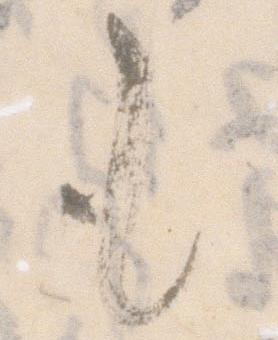
も